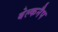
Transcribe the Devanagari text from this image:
बेल्कनैप